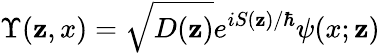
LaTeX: \Upsilon({\mathbf{z}},x)=\sqrt{D({\mathbf{z}})}e^{iS({\mathbf{z}})/\hbar}\psi(x;{\mathbf{z}})